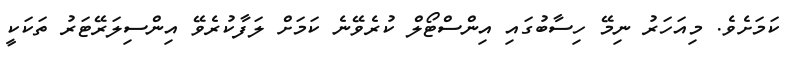
ކަމަށެވެ. މިއަހަރު ނިމޭ ހިސާބުގައި އިންސްޓޯލް ކުރެވޭނެ ކަމަށް ލަފާކުރެވޭ އިންސިލަރޭޓަރު ތަކަކީ